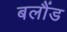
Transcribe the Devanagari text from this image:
बलौंड